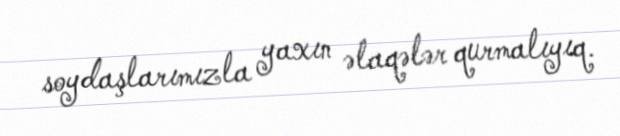
soydaşlarımızla yaxın əlaqələr qurmalıyıq.